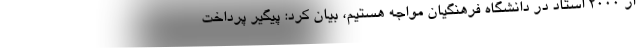
از ۲۰۰۰ استاد در دانشگاه فرهنگیان مواجه هستیم، بیان کرد: پیگیر پرداخت